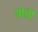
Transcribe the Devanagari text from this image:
आज़ा